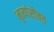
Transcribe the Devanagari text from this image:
नृत्यांसोबत